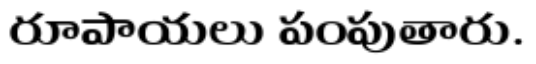
రూపాయలు పంపుతారు.